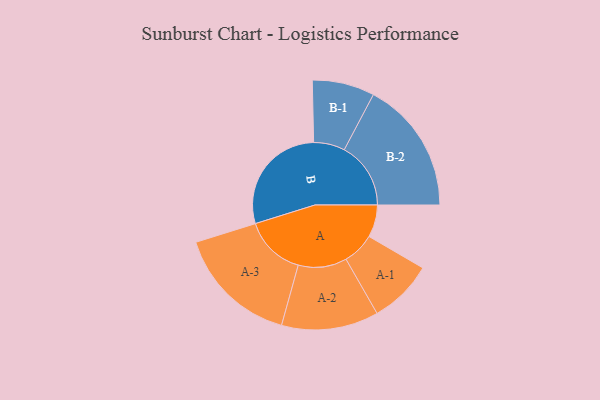
{"axis": {"x": "Segment", "y": "Value"}, "legend": ["", "A", "B"], "data": [{"x": "A", "y": 108, "type": ""}, {"x": "B", "y": 379, "type": ""}, {"x": "A-1", "y": 107, "type": "A"}, {"x": "A-2", "y": 162, "type": "A"}, {"x": "A-3", "y": 204, "type": "A"}, {"x": "B-1", "y": 104, "type": "B"}, {"x": "B-2", "y": 222, "type": "B"}]}